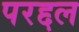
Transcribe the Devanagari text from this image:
परद्दल